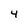
Character: 4